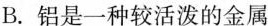
B.铝是一种较活泼的金属